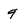
Character: 9